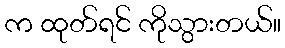
က ထုတ်ရင် ကိုသွားတယ်။